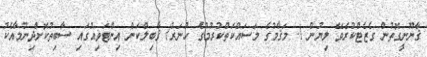
ޤާނޫނީގޮތުން ގެޒެޓްކުރެވޭ ލިޔުން 1. މަޤާމުގެ މަސައްކަތްކުރުމުގެ ހުނަރު/ ޤާބިލްކަން އިންޓަވިއުގައި ސާބިތުކޮށްދިނުމާއެކު